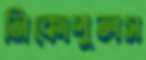
নিকোপুলস